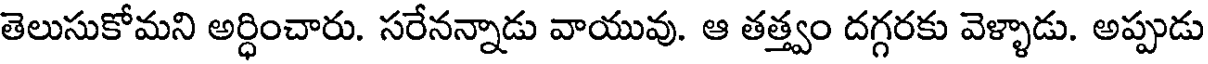
తెలుసుకోమని అర్ధించారు. సరేనన్నాడు వాయువు. ఆ తత్త్వం దగ్గరకు వెళ్ళాడు. అప్పుడు